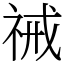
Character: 祴